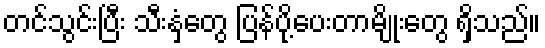
တင်သွင်းပြီး သီးနှံတွေ ပြန်ပို့ပေးတာမျိုးတွေ ရှိသည်။